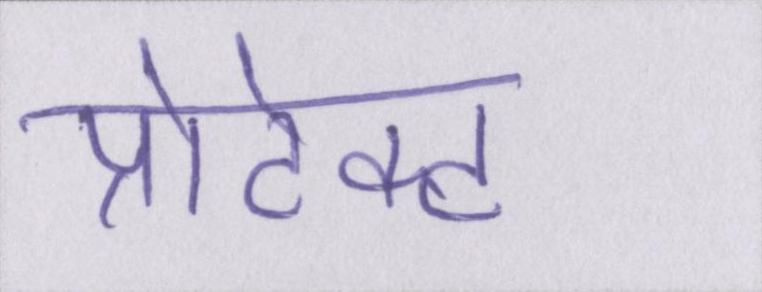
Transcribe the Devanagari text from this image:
प्रोटेक्ट